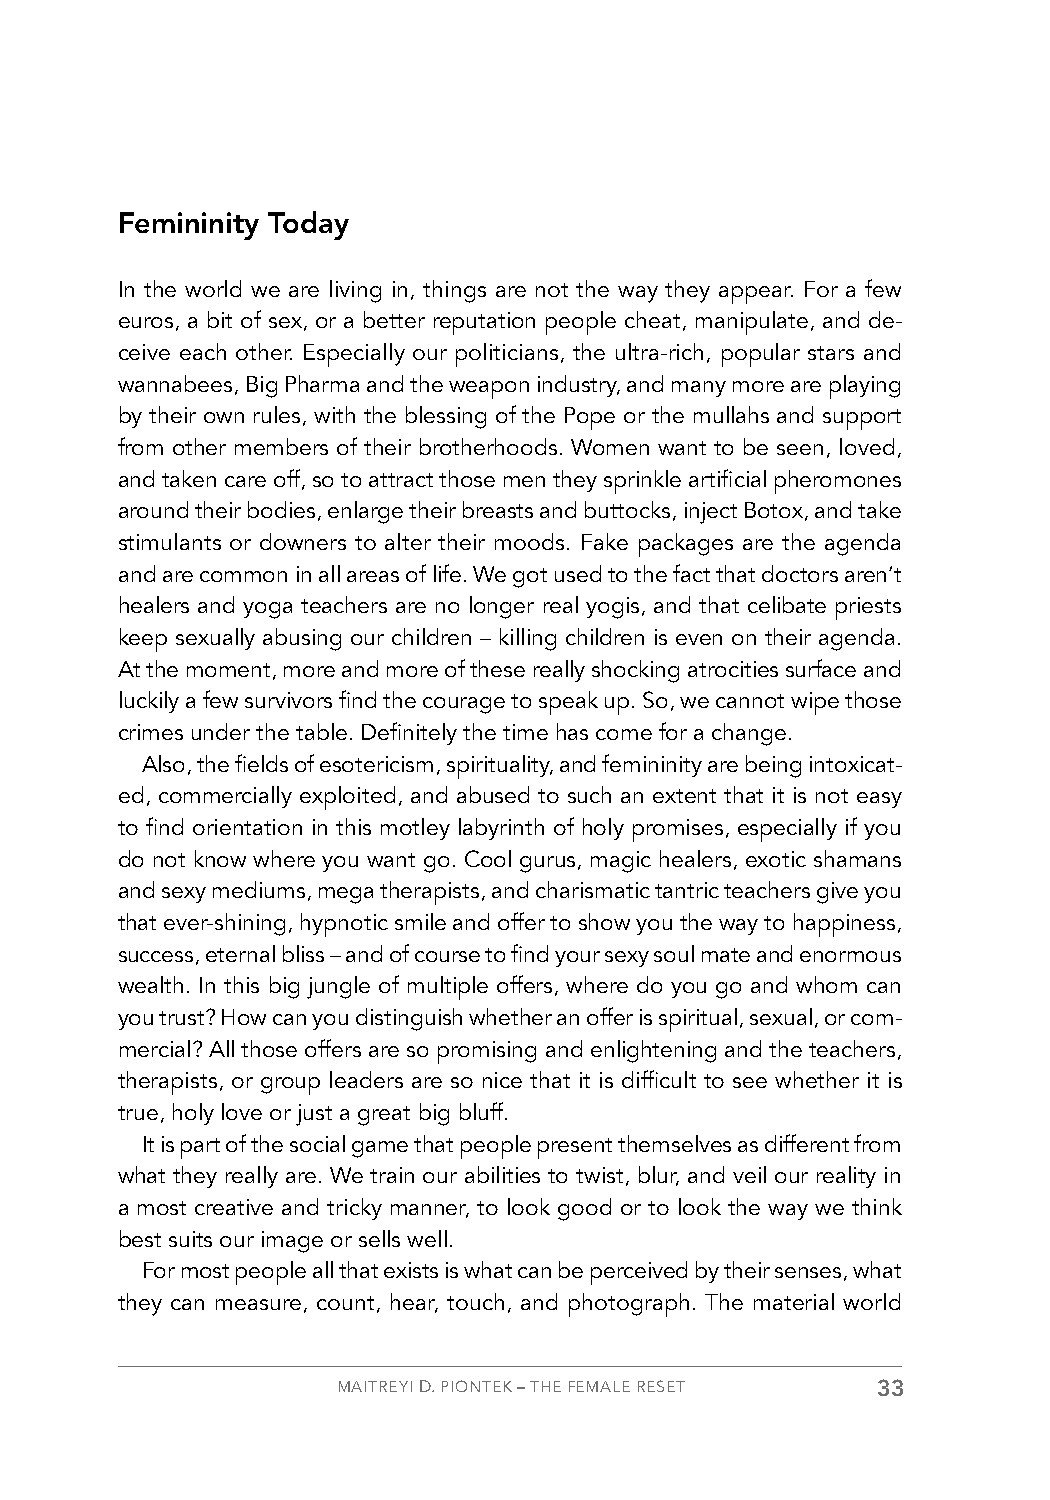
Femininity Today
 In the world we are living in, things are not the way they appear. For a few
 euros, a bit of sex, or a better reputation people cheat, manipulate, and de-
 ceive each other. Especially our politicians, the ultra-rich, popular stars and
 wannabees, Big Pharma and the weapon industry, and many more are playing
 by their own rules, with the blessing of the Pope or the mullahs and support
 from other members of their brotherhoods. Women want to be seen, loved,
 and taken care off, so to attract those men they sprinkle artificial pheromones
 around their bodies, enlarge their breasts and buttocks, inject Botox, and take
 stimulants or downers to alter their moods. Fake packages are the agenda
 and are common in all areas of life. We got used to the fact that doctors aren’t
 healers and yoga teachers are no longer real yogis, and that celibate priests
 keep sexually abusing our children – killing children is even on their agenda.
 At the moment, more and more of these really shocking atrocities surface and
 luckily a few survivors find the courage to speak up. So, we cannot wipe those
 crimes under the table. Definitely the time has come for a change.
 Also, the fields of esotericism, spirituality, and femininity are being intoxicat-
 ed, commercially exploited, and abused to such an extent that it is not easy
 to find orientation in this motley labyrinth of holy promises, especially if you
 do not know where you want go. Cool gurus, magic healers, exotic shamans
 and sexy mediums, mega therapists, and charismatic tantric teachers give you
 that ever-shining, hypnotic smile and offer to show you the way to happiness,
 success, eternal bliss – and of course to find your sexy soul mate and enormous
 wealth. In this big jungle of multiple offers, where do you go and whom can
 you trust? How can you distinguish whether an offer is spiritual, sexual, or com-
 mercial? All those offers are so promising and enlightening and the teachers,
 therapists, or group leaders are so nice that it is difficult to see whether it is
 true, holy love or just a great big bluff.
 It is part of the social game that people present themselves as different from
 what they really are. We train our abilities to twist, blur, and veil our reality in
 a most creative and tricky manner, to look good or to look the way we think
 best suits our image or sells well.
 For most people all that exists is what can be perceived by their senses, what
 they can measure, count, hear, touch, and photograph. The material world
 MAITREYI D. PIONTEK – THE FEMALE RESET 33